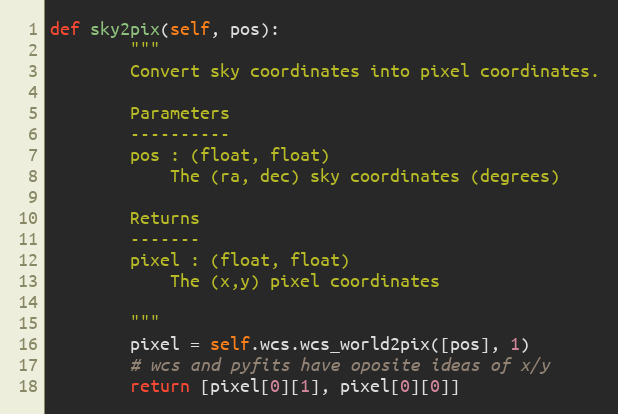
Language: Python
def sky2pix(self, pos):
        """
        Convert sky coordinates into pixel coordinates.

        Parameters
        ----------
        pos : (float, float)
            The (ra, dec) sky coordinates (degrees)

        Returns
        -------
        pixel : (float, float)
            The (x,y) pixel coordinates

        """
        pixel = self.wcs.wcs_world2pix([pos], 1)
        # wcs and pyfits have oposite ideas of x/y
        return [pixel[0][1], pixel[0][0]]